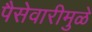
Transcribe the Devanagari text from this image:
पैसेवारीमुळे